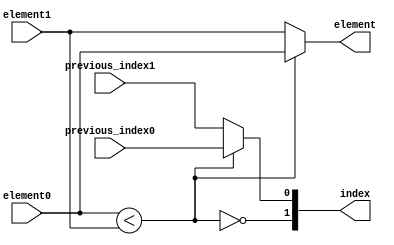
// +FHDR-------------------------------------------------------------------
// FILE NAME:
// TYPE:
// DEPARTMENT:
// AUTHOR:
// AUTHOR'S EMAIL:
// ------------------------------------------------------------------------
// KEYWORDS:
// ------------------------------------------------------------------------
// PARAMETERS
//
// ------------------------------------------------------------------------
// REUSE ISSUES
// Reset Strategy:
// Clock Domains:
// Critical Timing:
// Test Features:
// Asynchronous I/F:
// Scan Methodology:
// Instantiations:
// -FHDR-------------------------------------------------------------------

module MIN #(
    parameter BIT_WIDTH            = 14,
    parameter PREVIOUS_INDEX_WIDTH = 1
) (
    input      [           BIT_WIDTH-1:0] element0       ,
    input      [           BIT_WIDTH-1:0] element1       ,
    input      [PREVIOUS_INDEX_WIDTH-1:0] previous_index0,
    input      [PREVIOUS_INDEX_WIDTH-1:0] previous_index1,
    output reg [  PREVIOUS_INDEX_WIDTH:0] index          ,
    output reg [           BIT_WIDTH-1:0] element
);
    always @(*)
        begin

            element = element0<element1?element0:element1;
        end
    always @(*)
        begin
            index = {~(element0<element1), element0<element1?previous_index0:previous_index1};
        end
endmodule